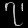
Digit: ၇